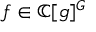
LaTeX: f \in \mathbb { C } [ { \mathfrak { g } } ] ^ { G }